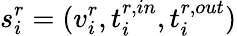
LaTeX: s_{i}^{r}=(v_{i}^{r},t_{i}^{r,in},t_{i}^{r,out})